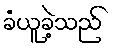
ခံယူခဲ့သည်